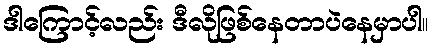
ဒါကြောင့်လည်း ဒီလိုဖြစ်နေတာပဲနေမှာပါ။